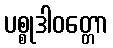
ပစ္စုဒါဝတ္တော